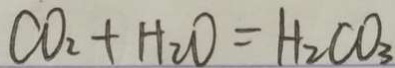
C O _ { 2 } + H _ { 2 } O = H _ { 2 } C O _ { 3 }